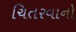
ચિતરવાનો